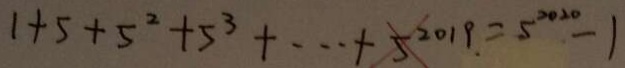
1 + 5 + 5 ^ { 2 } + 5 ^ { 3 } + \cdots + 5 ^ { 2 0 1 9 } . = 5 ^ { 2 0 2 0 } - 1